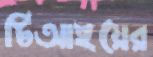
টিআইয়ের